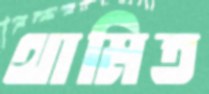
থামিত